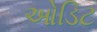
ઓડિટ